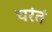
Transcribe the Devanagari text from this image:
चरंतं